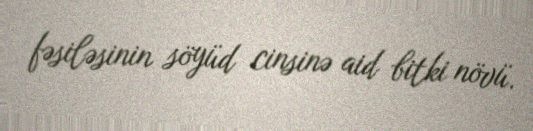
fəsiləsinin söyüd cinsinə aid bitki növü.